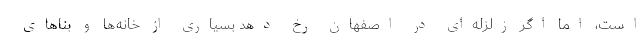
است، اما اگر زلزله‌ای در اصفهان رخ دهد بسیاری از خانه‌ها و بناهای